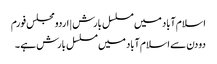
اسلام آباد میں مسلسل بارش | اردو مجلس فورم
دو دن سے اسلام آباد میں مسلسل بارش ہے ۔